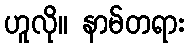
ဟူလို။ နာမ်တရား